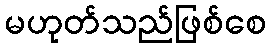
မဟုတ်သည်ဖြစ်စေ